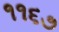
૧૧૬૭